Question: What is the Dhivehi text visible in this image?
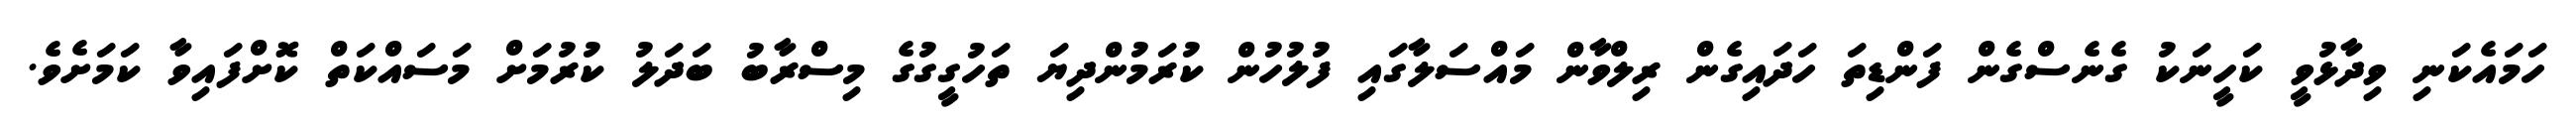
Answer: ހަމައެކަނި ވިދާޅުވީ ކަހީނަކު ގެނެސްގެން ފަންޑިތަ ހަދައިގެން ރިލްވާން މައްސަލާގައި ފުލުހުން ކުރަމުންދިޔަ ތަހުގީގުގެ މިސްރާބު ބަދަލު ކުރުމަށް މަސައްކަތް ކޮށްފައިވާ ކަމަށެވެ.